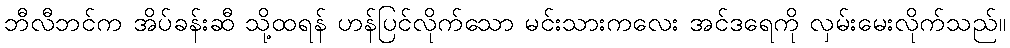
ဘီလီဘင်က အိပ်ခန်းဆီ သို့ထရန် ဟန်ပြင်လိုက်သော မင်းသားကလေး အင်ဒရေကို လှမ်းမေးလိုက်သည်။